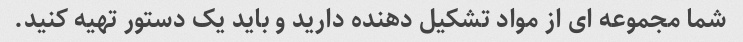
شما مجموعه ای از مواد تشکیل دهنده دارید و باید یک دستور تهیه کنید.